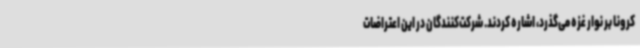
کرونا بر نوار غزه می‌گذرد، اشاره کردند. شرکت‌کنندگان در این اعتراضات